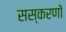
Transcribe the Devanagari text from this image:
सस्करणों